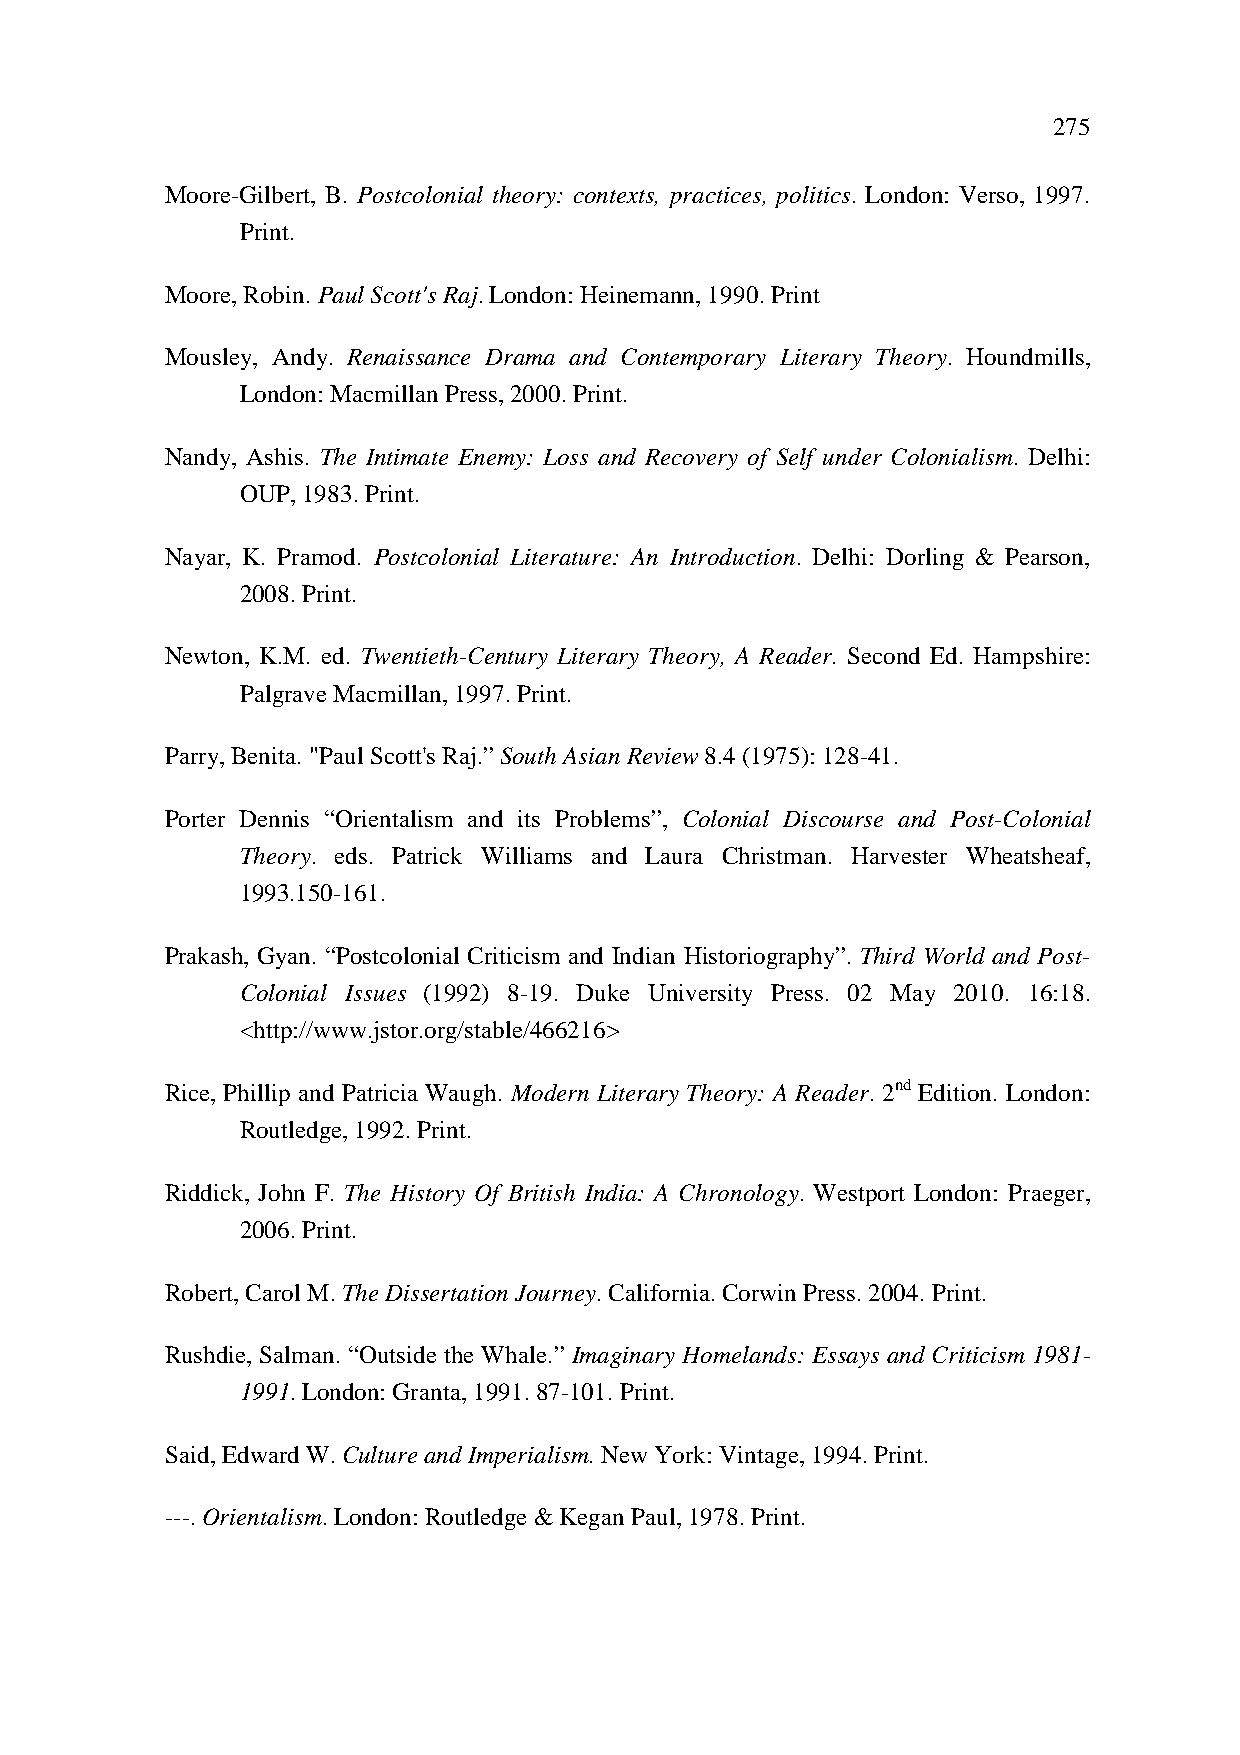
275
 Moore-Gilbert, B. Postcolonial theory: contexts, practices, politics. London: Verso, 1997.
 Print.
 Moore, Robin. Paul Scott's Raj. London: Heinemann, 1990. Print
 Mousley, Andy. Renaissance Drama and Contemporary Literary Theory. Houndmills,
 London: Macmillan Press, 2000. Print.
 Nandy, Ashis. The Intimate Enemy: Loss and Recovery of Self under Colonialism. Delhi:
 OUP, 1983. Print.
 Nayar, K. Pramod. Postcolonial Literature: An Introduction. Delhi: Dorling & Pearson,
 2008. Print.
 Newton, K.M. ed. Twentieth-Century Literary Theory, A Reader. Second Ed. Hampshire:
 Palgrave Macmillan, 1997. Print.
 Parry, Benita. "Paul Scott's Raj.” South Asian Review 8.4 (1975): 128-41.
 Porter Dennis “Orientalism and its Problems”, Colonial Discourse and Post-Colonial
 Theory. eds. Patrick Williams and Laura Christman. Harvester Wheatsheaf,
 1993.150-161.
 Prakash, Gyan. “Postcolonial Criticism and Indian Historiography”. Third World and Post-
 Colonial Issues (1992) 8-19. Duke University Press. 02 May 2010. 16:18.
 <http://www.jstor.org/stable/466216>
 Rice, Phillip and Patricia Waugh. Modern Literary Theory: A Reader. 2nd Edition. London:
 Routledge, 1992. Print.
 Riddick, John F. The History Of British India: A Chronology. Westport London: Praeger,
 2006. Print.
 Robert, Carol M. The Dissertation Journey. California. Corwin Press. 2004. Print.
 Rushdie, Salman. “Outside the Whale.” Imaginary Homelands: Essays and Criticism 1981-
 1991. London: Granta, 1991. 87-101. Print.
 Said, Edward W. Culture and Imperialism. New York: Vintage, 1994. Print.
 ---. Orientalism. London: Routledge & Kegan Paul, 1978. Print.